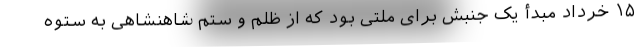
۱۵ خرداد مبدأ یک جنبش برای ملتی بود که از ظلم و ستم شاهنشاهی به ستوه